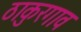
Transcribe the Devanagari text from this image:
ठाकुरगाव